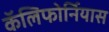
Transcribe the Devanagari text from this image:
कॅलिफोर्नियास